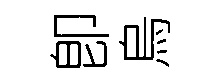
卽烏